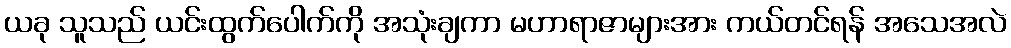
ယခု သူသည် ယင်းထွက်ပေါက်ကို အသုံးချကာ မဟာရာဇာများအား ကယ်တင်ရန် အသေအလဲ